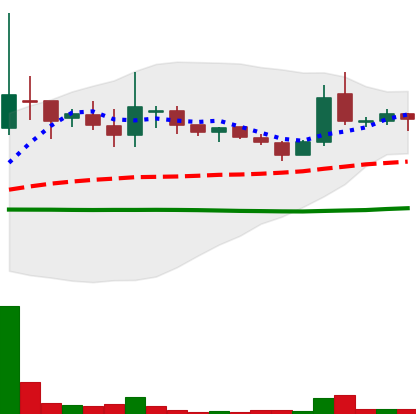
Ticker: LINK-USD
Chart end date: 2018-10-09
Forward return: -4.247%
Label: down_3_5